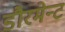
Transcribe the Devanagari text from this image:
डौरमेन्ट